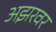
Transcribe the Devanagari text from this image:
अझरवर